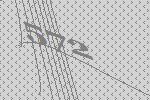
572